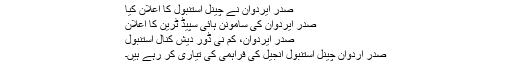
صدر ایردوان نے چینل استنبول کا اعلان کیا
صدر ایردوان کی سامونن ہائی سپیڈ ٹرین کا اعلان
صدر ایردوان، کم نی ڈور دیش کنال استنبول
صدر اردوان چینل استنبول انجیل کی فراہمی کی تیاری کر رہے ہیں۔